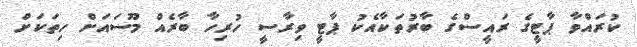
ކުރައްވާ ޕާޓީގެ ރައީސްގެ ބާރުތަކާއެކު ޕާޓީ ވިރާސީ ހުރިހާ ބާރެއް މޫސައަށް ހިތަކަށް